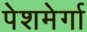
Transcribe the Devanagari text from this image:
पेशमेर्गा